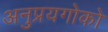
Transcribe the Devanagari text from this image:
अनुप्रयगोको